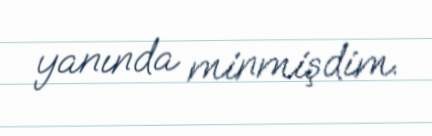
yanında minmişdim.